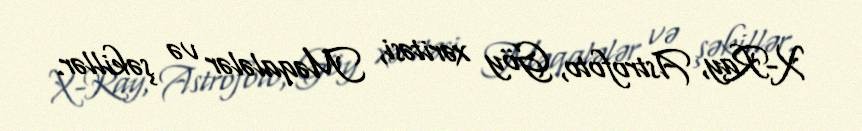
X-Ray, Astrofoto, Göy xəritəsi, Məqalələr və şəkillər.